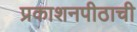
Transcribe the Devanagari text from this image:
प्रकाशनपीठाची